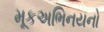
મૂકઅભિનયનો